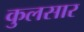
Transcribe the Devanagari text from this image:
कुलसार